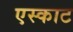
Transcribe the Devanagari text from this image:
एस्काट